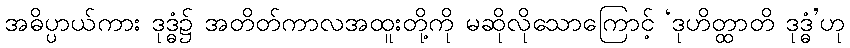
အဓိပ္ပာယ်ကား ဒုဒ္ဓံ၌ အတိတ်ကာလအထူးတို့ကို မဆိုလိုသောကြောင့် ‘ဒုဟိတ္ထာတိ ဒုဒ္ဓံ’ဟု